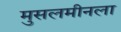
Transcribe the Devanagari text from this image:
मुसलमीनला